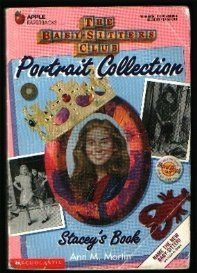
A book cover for Stacey's Book (Baby-Sitters Club Portrait Collection); Ann M. Martin; Teen & Young Adult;